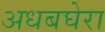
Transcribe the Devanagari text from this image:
अधबघेरा